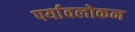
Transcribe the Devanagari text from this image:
पर्यावलोकन